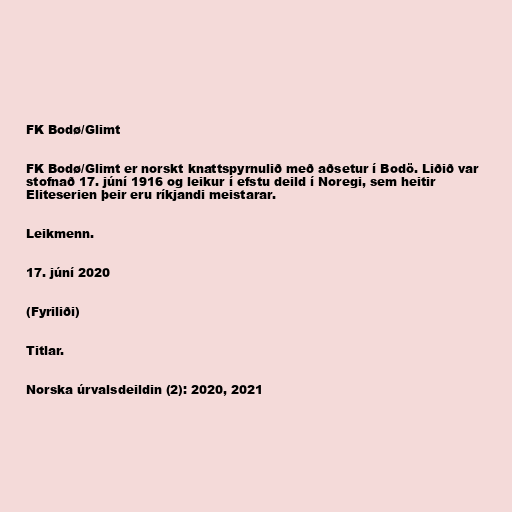
FK Bodø/Glimt

FK Bodø/Glimt er norskt knattspyrnulið með aðsetur í Bodö. Liðið var
stofnað 17. júní 1916 og leikur í efstu deild í Noregi, sem heitir
Eliteserien þeir eru ríkjandi meistarar.

Leikmenn.

17. júní 2020

(Fyriliði)

Titlar.

Norska úrvalsdeildin (2): 2020, 2021